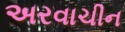
અરવાચીન